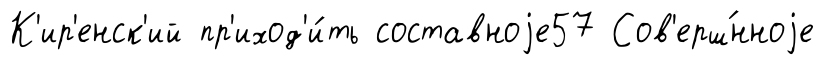
К'ир'енск'ий пр'иход'и́ть составноjе57 Сов'ерш́нноjе